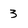
Character: 3